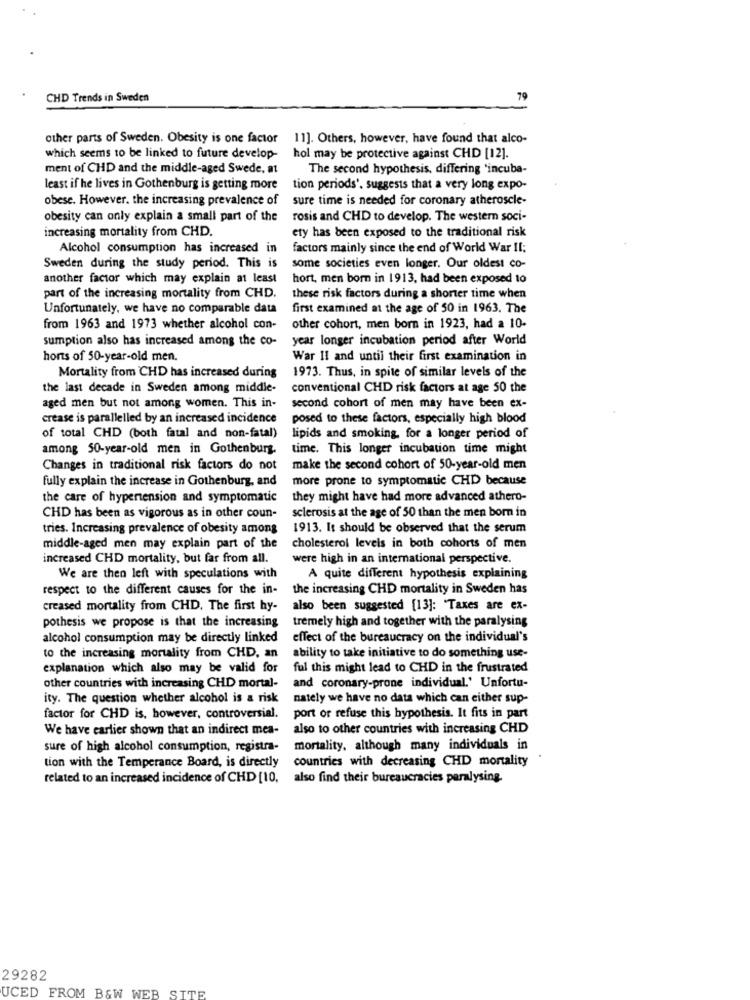
CHD Trends in Sweden
79
other parts of Sweden. Obesity is one factor
11]. Others, however, have found that alco-
which seems to be linked to future develop-
hol may be protective against CHD [12].
ment of CHD and the middle-aged Swede, at
The second hypothesis, differing 'incuba-
least if he lives in Gothenburg is getting more
tion periods', suggests that a very long expo-
obese. However, the increasing prevalence of
sure time is needed for coronary atheroscle-
obesity can only explain a small part of the
rosis and CHD to develop. The western soci-
increasing mortality from CHD.
ety has been exposed to the traditional risk
Alcohol consumption has increased in
factors mainly since the end of World War II:
Sweden during the study period. This is
some societies even longer. Our oldest co-
another factor which may explain at least
hort, men born in 1913, had been exposed to
part of the increasing mortality from CHD.
these risk factors during a shorter time when
Unfortunately, we have no comparable data
first examined at the age of 50 in 1963. The
from 1963 and 1973 whether alcohol con-
other cohort, men born in 1923, had a 10-
sumption also has increased among the co-
year longer incubation period after World
hors of 50-year-old men.
War II and until their first examination in
1973. Thus, in spite of similar levels of the
Mortality from CHD has increased during
the last decade in Sweden among middle-
conventional CHD risk factors at age 50 the
aged men but not among women. This in-
second cohort of men may have been ex-
crease is parallelled by an increased incidence
posed to these factors, especially high blood
of total CHD (both fatal and non-fatal)
lipids and smoking, for a longer period of
among 50-year-old men in Gothenburg.
time. This longer incubation time might
Changes in traditional risk factors do not
make the second cohort of 50-year-old men
fully explain the increase in Gothenburg, and
more prone to symptomatic CHD because
the care of hypertension and symptomatic
they might have had more advanced athero-
CHD has been as vigorous as in other coun-
sclerosis at the age of 50 than the men born in
tries. Increasing prevalence of obesity among
1913. It should be observed that the serum
middle-aged men may explain part of the
cholesterol levels in both cohorts of men
increased CHD mortality, but far from all.
were high in an international perspective.
We are then left with speculations with
A quite different hypothesis explaining
respect to the different causes for the in-
the increasing CHD mortality in Sweden has
creased mortality from CHD. The first hy-
also been suggested [13]: 'Taxes are ex-
pothesis we propose is that the increasing
tremely high and together with the paralysing
alcohol consumption may be directly linked
effect of the bureaucracy on the individual's
to the increasing mortality from CHD, an
ability to take initiative to do something use-
explanation which also may be valid for
ful this might lead to CHD in the frustrated
other countries with increasing CHD mortal-
and coronary-prone individual.' Unfortu-
ity. The question whether alcohol is a risk
nately we have no data which can either sup-
factor for CHD is, however, controversial.
port or refuse this hypothesis. It fits in part
We have earlier shown that an indirect mea-
also to other countries with increasing CHD
sure of high alcohol consumption, registra-
mortality, although many individuals in
tion with the Temperance Board, is directly
countries with decreasing CHD mortality
related to an increased incidence of CHD [10, also find their bureaucracies paralysing.
29282
I WEB SITE
UCED FROM B&W